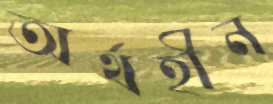
অর্থহীন